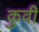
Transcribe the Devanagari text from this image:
कुवी